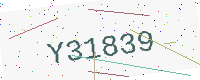
Text: Y31839